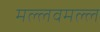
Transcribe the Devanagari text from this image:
मल्लवमल्ल